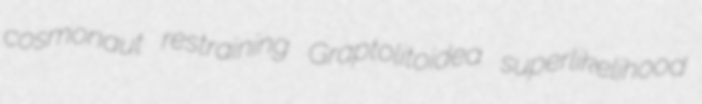
cosmonaut restraining Graptolitoidea superlikelihood